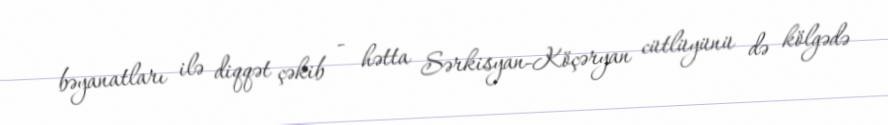
bəyanatları ilə diqqət çəkib - hətta Sərkisyan-Köçəryan cütlüyünü də kölgədə